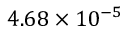
4 . 6 8 \times 1 0 ^ { - 5 }